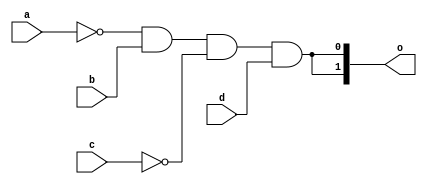
module multiples(input a, input b, input c, input d, output[1:0] o);
	wire [1:0] ab;
	wire [1:0] cd;

	assign ab[0] = a;
	assign ab[1] = b;
	assign cd[0] = c;
	assign cd[1] = d;

	assign o[0] = ~a & b & ~c & d;
	assign o[1] = ~ab[0] & ab[1] & ~cd[0] & cd[1];
endmodule